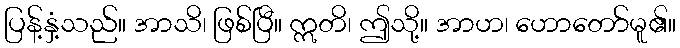
ပြန့်နှံ့သည်။ အာသိ၊ ဖြစ်ပြီ။ ဣတိ၊ ဤသို့။ အာဟ၊ ဟောတော်မူ၏။